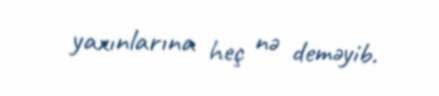
yaxınlarına heç nə deməyib.